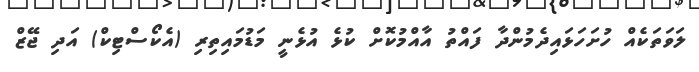
ލަވަތަކެއް ހުށަހަޅައިދެމުންދާ ފައްތު އާއްމުކޮށް ކުޅެ އުޅެނީ މަޑުމައިތިރި (އެކޯސްޓިކް) އަދި ޖޭޒް